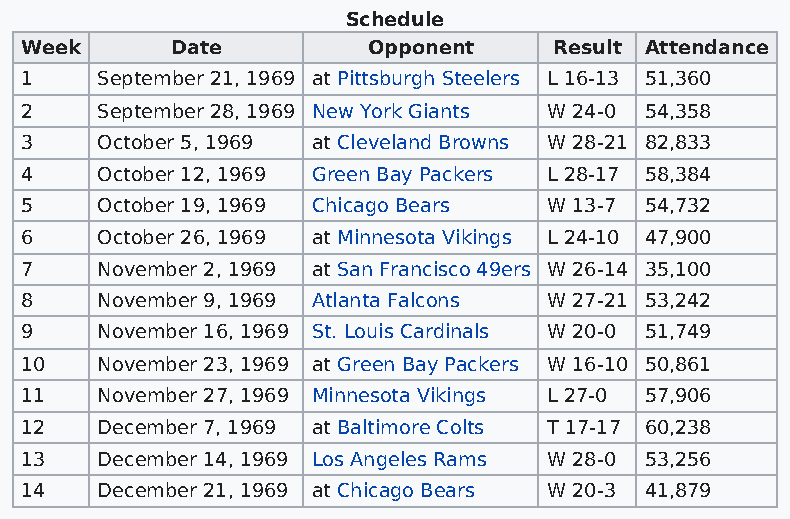
Schedule
 Week      Date         Opponent     Result Attendance
 1    September 21, 1969 at Pittsburgh Steelers L 16-13 51,360
 2    September 28, 1969 New York Giants W 24-0 54,358
 3    October 5, 1969 at Cleveland Browns W 28-21 82,833
 4    October 12, 1969 Green Bay Packers L 28-17 58,384
 5    October 19, 1969 Chicago Bears W 13-7 54,732
 6    October 26, 1969 at Minnesota Vikings L 24-10 47,900
 7    November 2, 1969 at San Francisco 49ers W 26-14 35,100
 8    November 9, 1969 Atlanta Falcons W 27-21 53,242
 9    November 16, 1969 St. Louis Cardinals W 20-0 51,749
 10   November 23, 1969 at Green Bay Packers W 16-10 50,861
 11   November 27, 1969 Minnesota Vikings L 27-0 57,906
 12   December 7, 1969 at Baltimore Colts T 17-17 60,238
 13   December 14, 1969 Los Angeles Rams W 28-0 53,256
 14   December 21, 1969 at Chicago Bears W 20-3 41,879